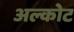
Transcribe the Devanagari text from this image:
अल्कोट